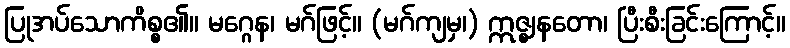
ပြုအပ်သောကိစ္စ၏။ မဂ္ဂေန၊ မဂ်ဖြင့်။ (မဂ်ကျမှ၊) ဣဇ္ဈနတော၊ ပြီးစီးခြင်းကြောင့်။